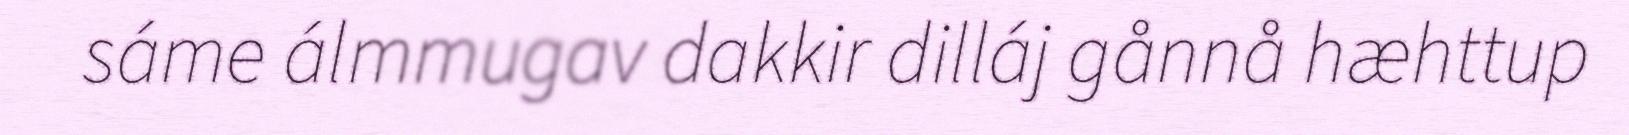
sáme álmmugav dakkir dilláj gånnå hæhttup